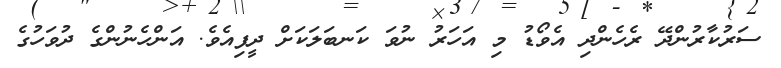
ސަރުކާރުންދޭ ރެހެންދި އެވޯޑު މި އަހަރު ނުވަ ކަނބަލަކަށް ދީފިއެވެ. އަންހެނުންގެ ދުވަހުގެ